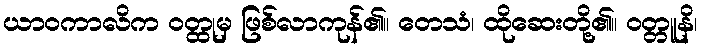
ယာဝကာလိက ဝတ္ထုမှ ဖြစ်လာကုန်၏။ တေသံ၊ ထိုဆေးတို့၏။ ဝတ္တူနိ၊